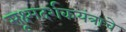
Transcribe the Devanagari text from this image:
सूक्ष्मदर्शकयंत्राचे